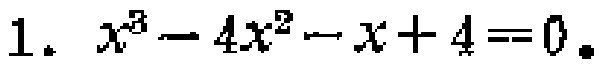
$1.\ x^{3}-4x^{2}-x + 4 = 0.$